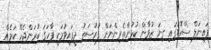
ފައިނަލް ސްކޮޑުގައި ގިނަ ޒުވާން ކުޅުންތެރިންނަށް ފުރުސަތު ދީފައިވުމަކީ ފާހަގަ ކުރަންޖެހޭ ކަމެއް